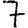
Digit: 7